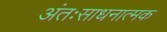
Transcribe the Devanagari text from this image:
अंतःसाधनात्मक